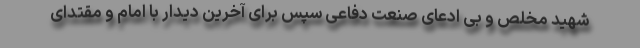
شهید مخلص و بی ادعای صنعت دفاعی سپس برای آخرین دیدار با امام و مقتدای